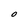
Character: O